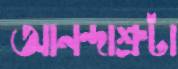
আনন্দাশ্রুটা